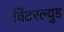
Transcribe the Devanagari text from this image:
विंटरल्युड